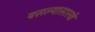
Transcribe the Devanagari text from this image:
बसल्यासारखे